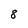
Character: 8